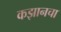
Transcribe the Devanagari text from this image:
कझानचा